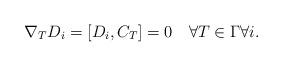
LaTeX: \begin{align*} \nabla_TD_i=[D_i,C_T]=0\quad\forall T\in\Gamma\forall i.\end{align*}